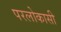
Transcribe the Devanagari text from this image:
परलोकासी